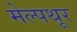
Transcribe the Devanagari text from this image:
मेल्पथूर